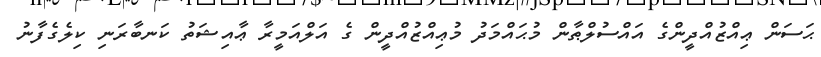
ޙަސަން ޢިއްޒުއްދީންގެ އައްސުލްޠާން މުޙައްމަދު މުޢިއްޒުއްދީން ގެ އަލްއަމީރާ ޢާއިޝަތު ކަނބާރަނި ކިލެގެފާނު